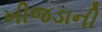
ખીજડાની